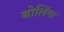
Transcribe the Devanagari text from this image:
बोलिंगा